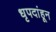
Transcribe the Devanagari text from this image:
धृपदांहून